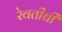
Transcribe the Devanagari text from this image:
रेवतीची